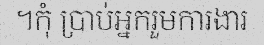
។កុំ ប្រាប់អ្នករួមការងារ